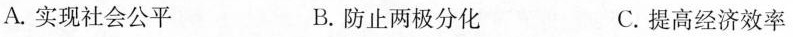
A.实现社会公平 B.防止两极分化 C.提高经济效率